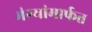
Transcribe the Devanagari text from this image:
भंग्यांमार्फत